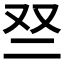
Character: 𫡱